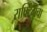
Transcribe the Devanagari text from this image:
राफ्टिंगचा